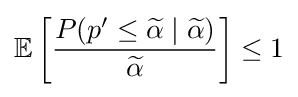
\mathbb {E} \left[{\frac {P(p^{\prime }\leq {\widetilde {\alpha }}\mid {\widetilde {\alpha }})}{\widetilde {\alpha }}}\right]\leq 1